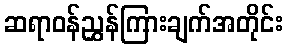
ဆရာဝန်ညွှန်ကြားချက်အတိုင်း